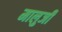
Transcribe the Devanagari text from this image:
मालुजी